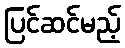
ပြင်ဆင်မည့်